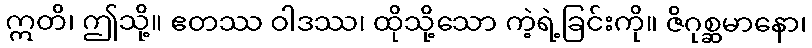
ဣတိ၊ ဤသို့။ ဧတဿ ဝါဒဿ၊ ထိုသို့သော ကဲ့ရဲ့ခြင်းကို။ ဇိဂုစ္ဆမာနော၊